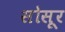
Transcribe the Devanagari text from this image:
सोसूर